First report of the anti-malarial operations at Mian Mir, 1901-1903 - Number 6
Year: 1901
Disease focus: Malaria
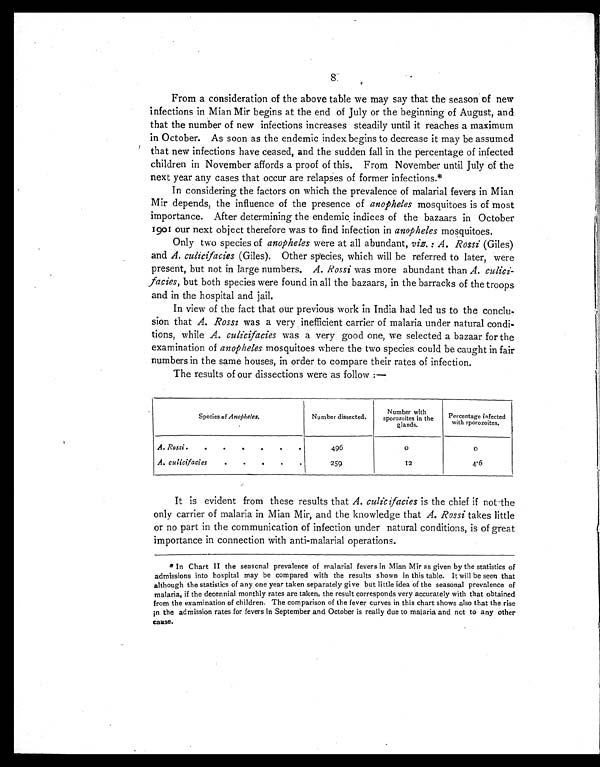
8
From a consideration of the above table we may say that the season of new
infections in Mian Mir begins at the end of July or the beginning of August, and
that the number of new infections increases steadily until it reaches a maximum
in October. As soon as the endemic index begins to decrease it may be assumed
that new infections have ceased, and the sudden fall in the percentage of infected
children in November affords a proof of this. From November until July of the
next year any cases that occur are relapses of former infections.*
In considering the factors on which the prevalence of malarial fevers in Mian
Mir depends, the influence of the presence of anopheles mosquitoes is of most
importance. After determining the endemic indices of the bazaars in October
1901 our next object therefore was to find infection in anopheles mosquitoes.
Only two species of anopheles were at all abundant, viz.: A. Rossi (Giles)
and A. culicifacies (Giles). Other species, which will be referred to later, were
present, but not in large numbers. A. Rossi was more abundant than A. cul i ci -
facies, but both species were found in all the bazaars, in the barracks of the troops
and in the hospital and jail.
In view of the fact that our previous work in India had led us to the conclu-
sion that A. Rossi was a very inefficient carrier of malaria under natural condi-
tions, while A. culicifaciesw a s a v e r y g o o d o n e , w e s e l e c t e d a b a z a a r f o r t h e
examination of anopheles mosquitoes where the two species could be caught in fair
numbers in the same houses, in order to compare their rates of infection.
The results of our dissections were as follow :—
Species of Anopheles.
Number dissected.
Number with
sporozoites in the
glands.
Percentage infected
with sporozoites.
A. Rossi .
.
.
.
.
.
.
496
0
0
A. culicifacies
.
.
.
.
.
259
12
4.6
It is evident from these results that A. culicifacies is the chief if not the
only carrier of malaria in Mian Mir, and the knowledge that A. Rossi takes little
or no part in the communication of infection under natural conditions, is of great
importance in connection with anti-malarial operations.
*In Chart II the seasonal prevalence of malarial fevers in Mian Mir as given by the statistics of
admissions into hospital may be compared with the results shown in this table. It will be seen that
although the statistics of any one year taken separately give but little idea of the seasonal prevalence of
malaria, if the decennial monthly rates are taken, the result corresponds very accurately with that obtained
from the examination of children. The comparison of the fever curves in this chart shows also that the rise
in the admission rates for fevers in September and October is really due to malaria and not to any other
cause.